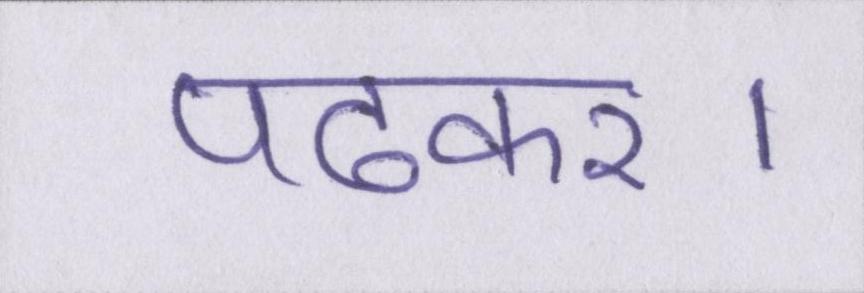
पढ़कर।